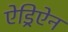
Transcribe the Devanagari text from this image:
ऐड्रिऐन